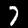
Digit: 7